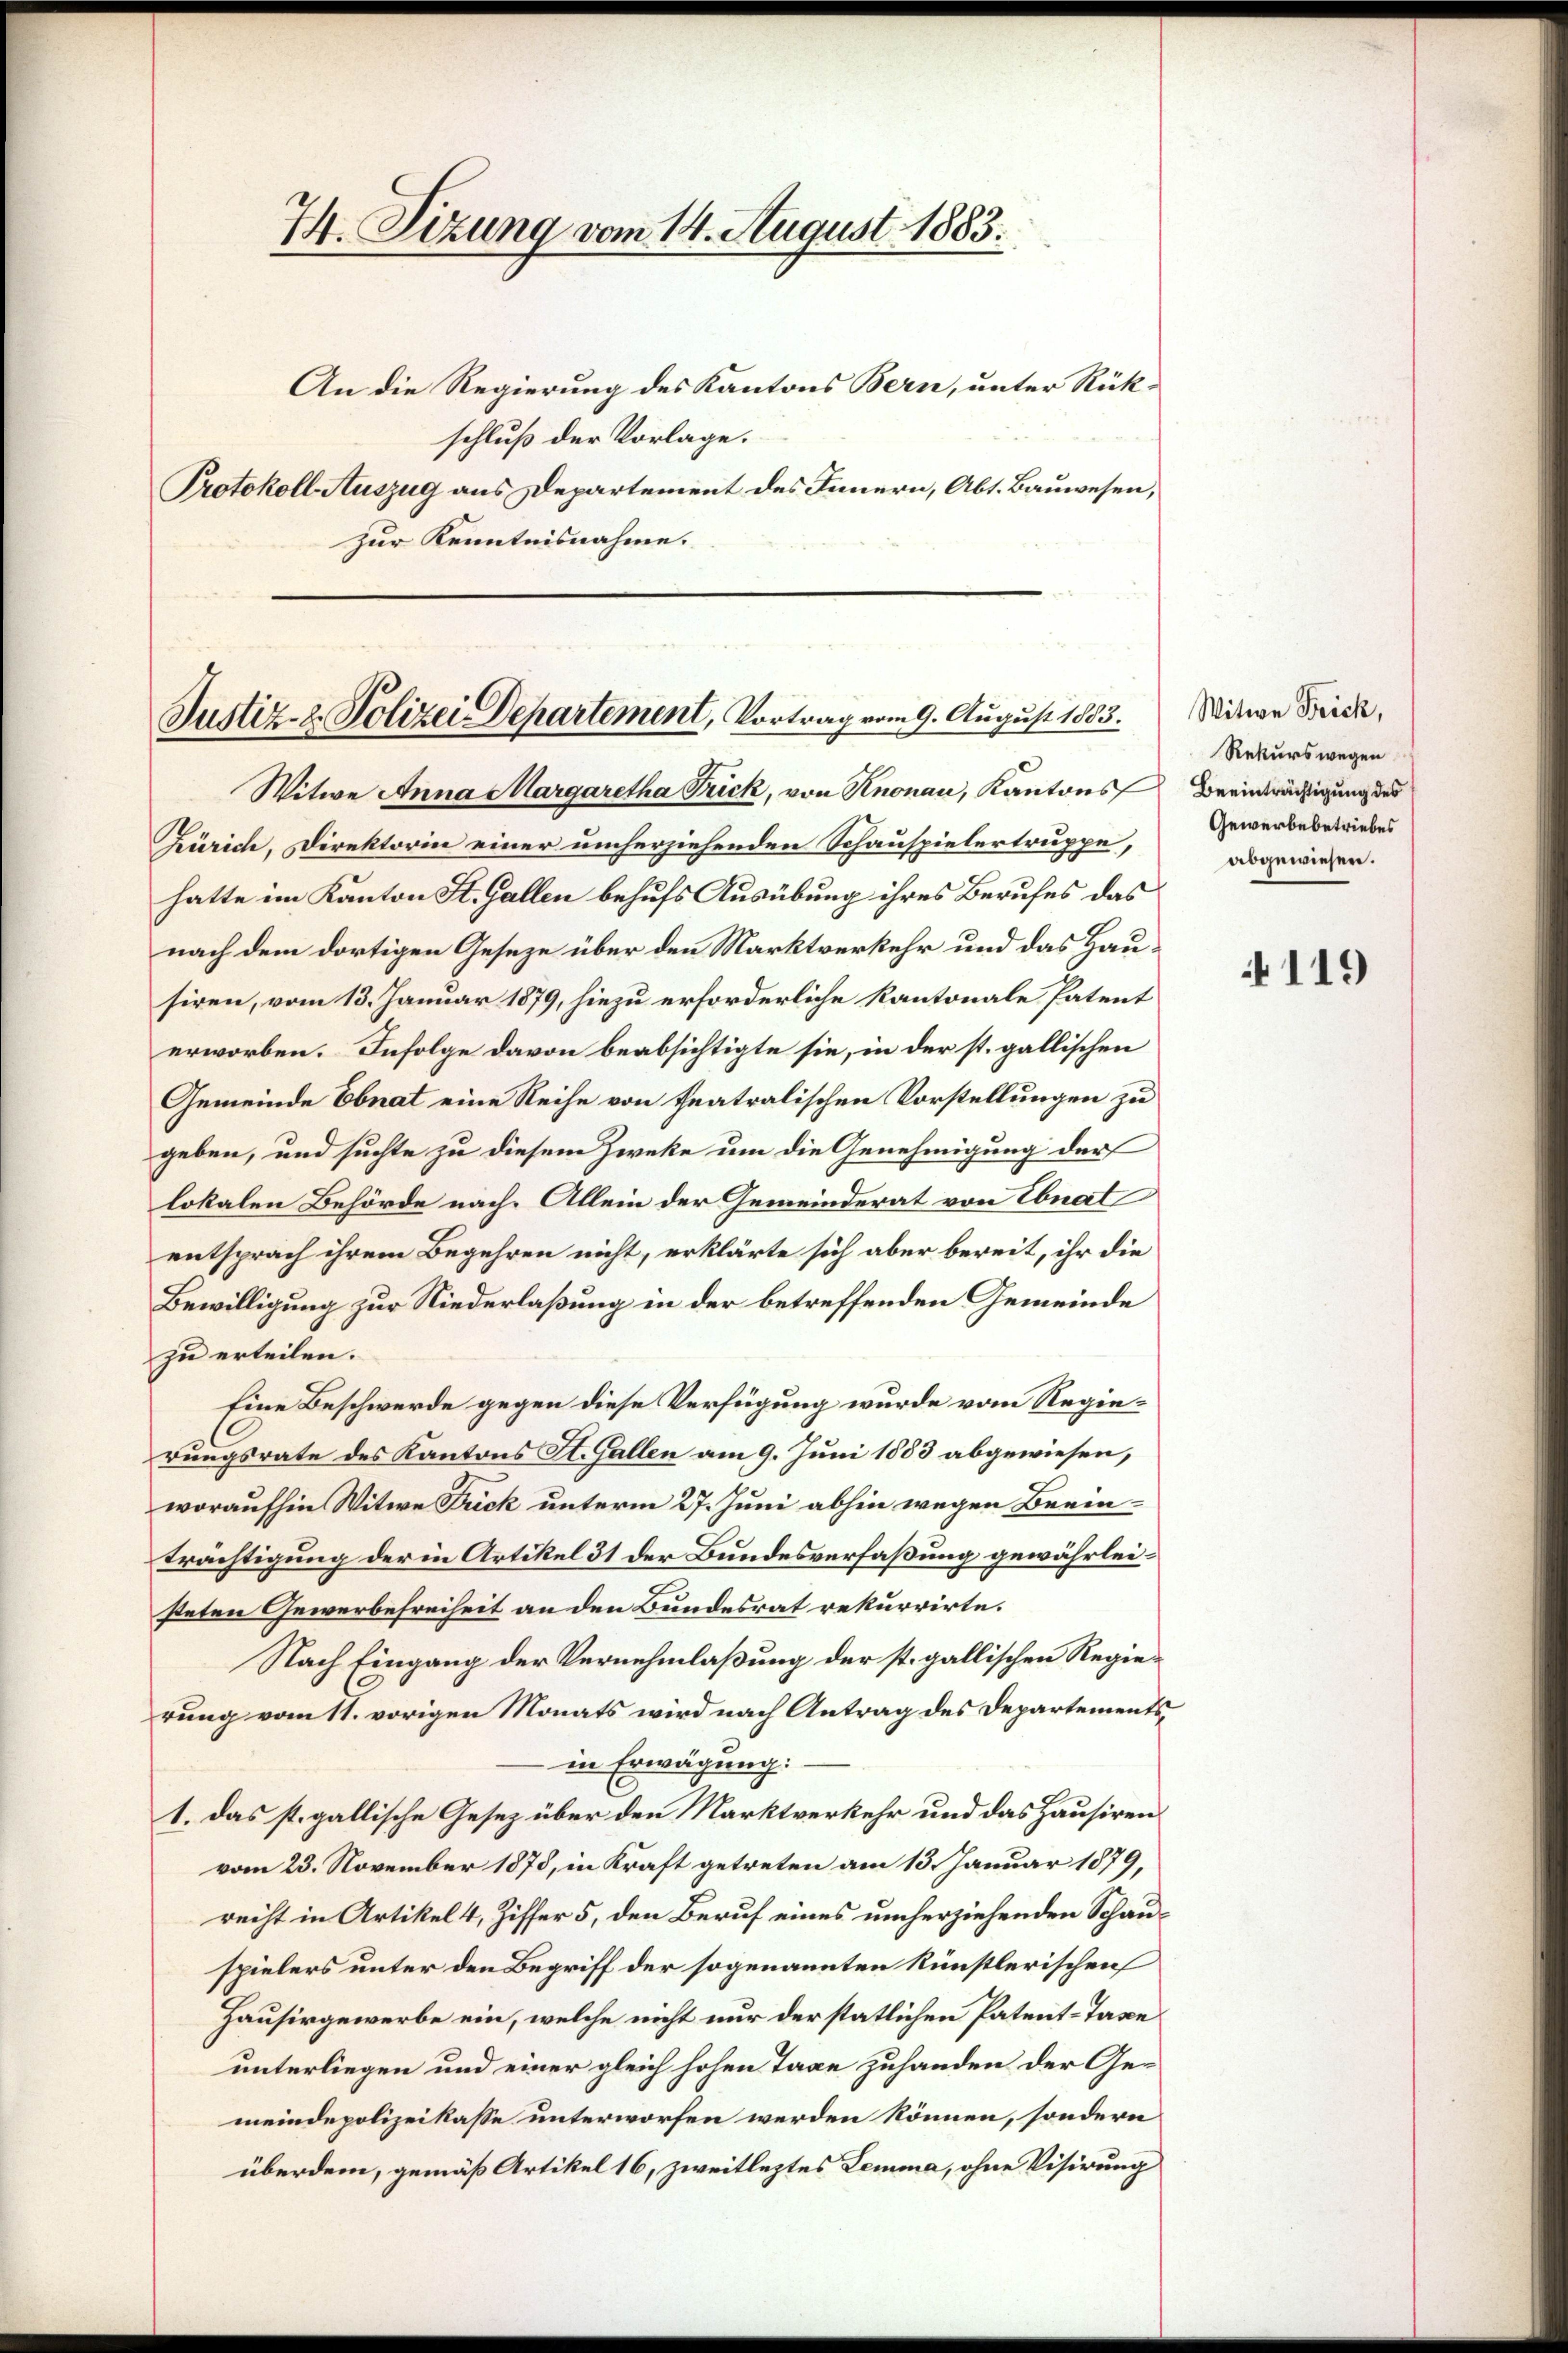
74. Sizung vom 14. August 1883.
An die Regierung des Kantons Bern, unter Rükschluß der Vorlage.
Protokoll Auszug aus Departement des Innern, Abt. Bauwesen,
zur Kenntnisnahme.

Justiz- & Polizei-Departement, Vortrag vom 9. August 1883.

Witwe Anna Margaretha Trick, von Knonau, Kantons Beeinträchtigung des
Zürich, Direktorin einer umherziehenden Schauspielertruppe,
hatte im Kanton St. Gallen behufs Ausübung ihres Berufes das
nach dem dortigen Geseze über den Marktverkehr und das Hausiren, vom 13. Januar 1879, hiezu erforderliche Kantonale Patent
erworben. Infolge davon beabsichtigte sie, in der st. gallischen
Gemeinde Ebnat eine Reihe von Teatralischen Vorstellungen zu
geben, und suchte zu diesem Zweke um die Genehmigung der
lokalen Behörde nach. Allein der Gemeinderat von Ebnat
entsprach ihrem Begehren nicht, erklärte sich aber bereit, ihr die
Bewilligung zur Niederlaßung in der betreffenden Gemeinde
zu erteilen.
Eine Beschwerde gegen diese Verfügung wurde vom Regierungsrate des Kantons St. Gallen am 9. Juni 1883 abgewiesen,
woraufhin Witwe Frick unterm 27. Juni abhin wegen Beein¬
Trächtigung der in Artikel 31 der Bundesverfaßung gewährleisteten Gewerbefreiheit an den Bundesrat rekurrirte.
Nach Eingang der Vernehmlaßung der st. gallischen Regierung vom 11. vorigen Monats wird nach Antrag des Departements
in Erwägung.
1. das st. gallische Gesetz über den Marktverkehr und das Hausiren
vom 23. November 1878, in Kraft getreten am 13. Januar 1879,
recht in Artikel 4, Ziffer 5, den Beruf eines umherziehenden Schauspielers unter den Begriff der sogenannten künstlerischen
Hausirgewerbe ein, welche nicht nur der statlichen Patent-Taxe
unterliegen und einer gleich hohen Tage zuhanden der Gemeindepolizeikasse unterworfen werden können, sondern
überdem, gemäß Artikel 16, zweitleztes Lemma, ohne Visirung

Witwe Frick,
Rekurswegen
Gewerbebetriebes
abgewiesen.

119